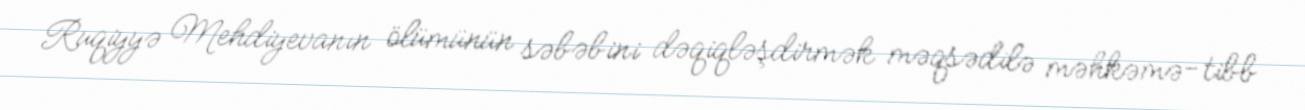
Ruqiyyə Mehdiyevanın ölümünün səbəbini dəqiqləşdirmək məqsədilə məhkəmə-tibb